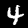
Digit: 4